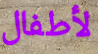
لأطفال